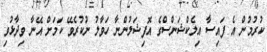
ކުރުމުން އެ ފައިސާ އިލެކްޝަންސްގެ އޮފިޝަލުންނާ ހަވާލު ނުކުރެވޭ ކަމަށް އޭނާ ވިދާޅުވި